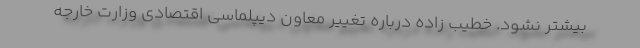
بیشتر نشود. خطیب زاده درباره تغییر معاون دیپلماسی اقتصادی وزارت خارجه